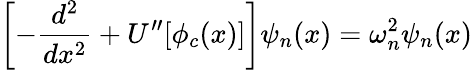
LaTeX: \left[-\frac{d^{2}}{dx^{2}}+U^{\prime\prime}[\phi_{c}(x)]\right]\psi_{n}(x)=\omega_{n}^{2}\psi_{n}(x)